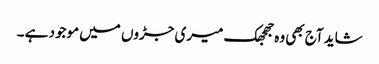
شاید آج بھی وہ جھجھک میری جڑوں میں موجود ہے ۔